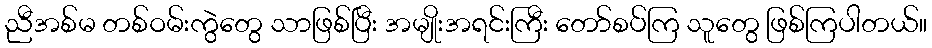
ညီအစ်မ တစ်ဝမ်းကွဲတွေ သာဖြစ်ပြီး အမျိုးအရင်းကြီး တော်စပ်ကြ သူတွေ ဖြစ်ကြပါတယ်။